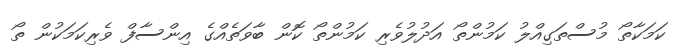
ކަމަކާތޯ މުސްތަގިއްލު ކަމުންތޯ އަދުލުވެރި ކަމުންތޯ ކޮން ބާވަތެއްގެ އިންސާފް ވެރިކަމަކުން ތޯ